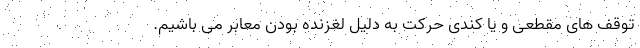
توقف های مقطعی و یا کندی حرکت به دلیل لغزنده بودن معابر می باشیم.